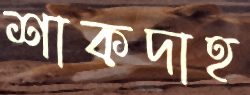
শাকদাহ